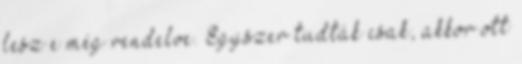
lesz e még rendelve. Egyszer tudták csak, akkor ott